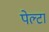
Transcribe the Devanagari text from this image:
पेल्टा